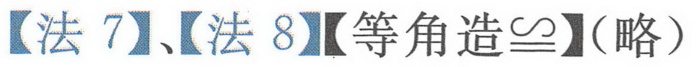
【法 7】、【法 8】【等角造\(\cong\)】（略）